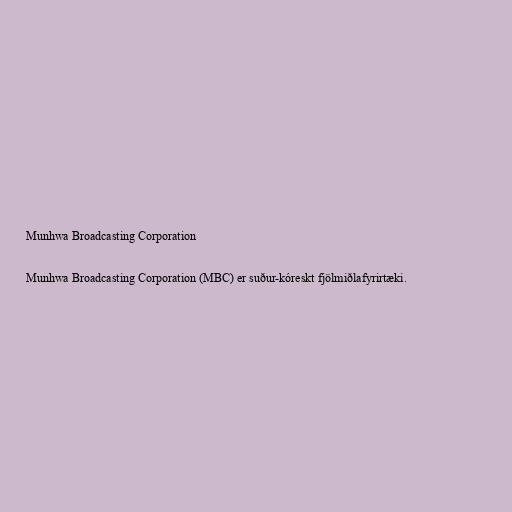
Munhwa Broadcasting Corporation

Munhwa Broadcasting Corporation (MBC) er suður-kóreskt fjölmiðlafyrirtæki.